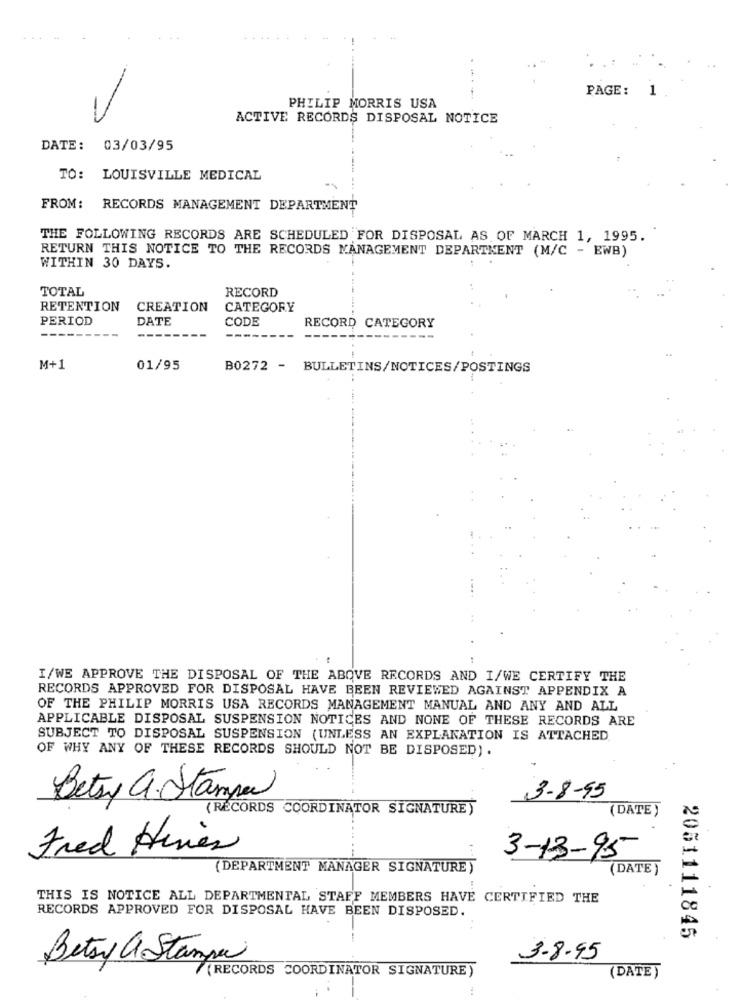
PAGE: 1
---
PHILIP MORRIS USA
ACTIVE RECORDS DISPOSAL NOTICE
DATE:
03/03/95
TO:
LOUISVILLE MEDICAL
FROM: RECORDS MANAGEMENT DEPARTMENT
THE FOLLOWING RECORDS ARE SCHEDULED FOR DISPOSAL AS OF MARCH 1, 1995.
RETURN THIS NOTICE TO THE RECORDS MANAGEMENT DEPARTMENT (M/C - EWB)
WITHIN 30 DAYS.
TOTAL
RECORD
RETENTION
CREATION
CATEGORY
PERIOD
DATE
CODE
RECORD CATEGORY
M+1
01/95
B0272 - BULLETINS/NOTICES/POSTINGS
I/WE APPROVE THE DISPOSAL OF THE ABOVE RECORDS AND I/WE CERTIFY THE
RECORDS APPROVED FOR DISPOSAL HAVE BEEN REVIEWED AGAINST APPENDIX A
OF THE PHILIP MORRIS USA RECORDS MANAGEMENT MANUAL AND ANY AND ALL
APPLICABLE DISPOSAL SUSPENSION NOTICES AND NONE OF THESE RECORDS ARE
SUBJECT TO DISPOSAL SUSPENSION (UNLESS AN EXPLANATION IS ATTACHED
OF WHY ANY OF THESE RECORDS SHOULD NOT BE DISPOSED).
Betsy a. Stampa
3-8-95
(RECORDS COORDINATOR SIGNATURE)
( DATE)
Fred Hines
3-13-95
(DEPARTMENT MANAGER SIGNATURE)
(DATE )
THIS IS NOTICE ALL DEPARTMENTAL STAFF MEMBERS HAVE CERTIFIED THE
RECORDS APPROVED FOR DISPOSAL HAVE BEEN DISPOSED.
2051111845
Betsy a Stampa
3.8.95
7 (RECORDS COORDINATOR SIGNATURE)
(DATE )